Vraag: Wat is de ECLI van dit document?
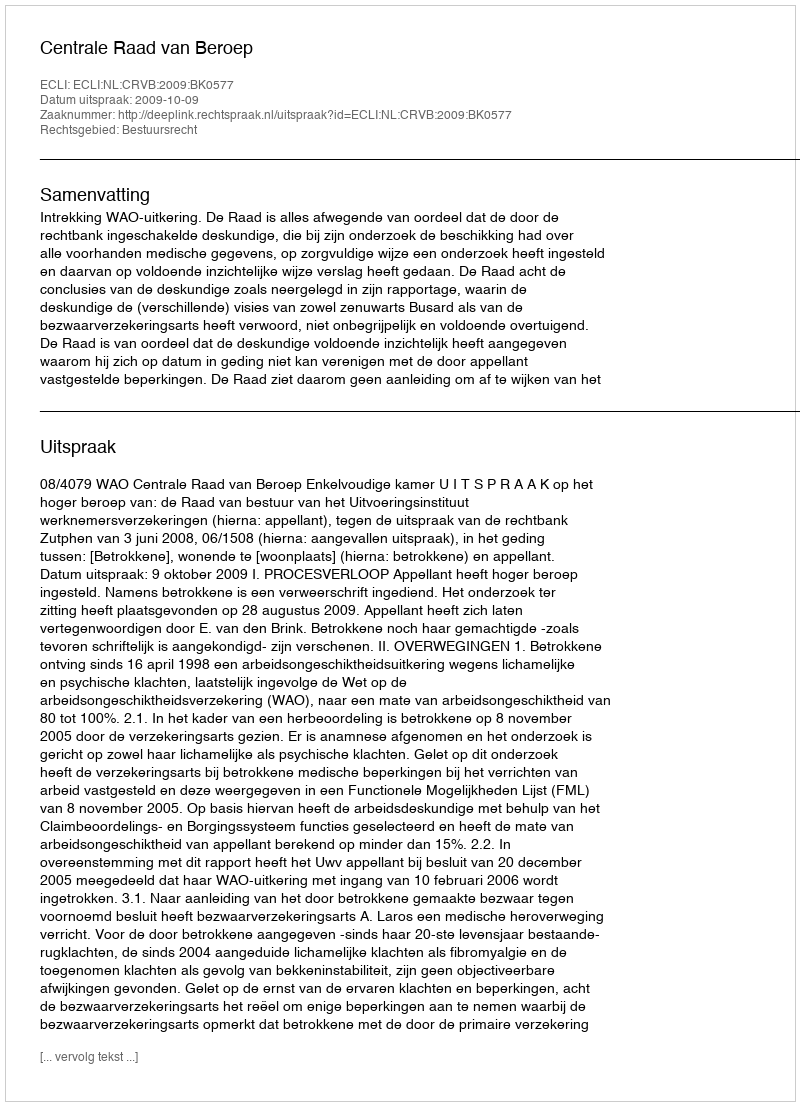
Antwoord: ECLI:NL:CRVB:2009:BK0577